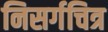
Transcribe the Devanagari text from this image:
निसर्गचित्र